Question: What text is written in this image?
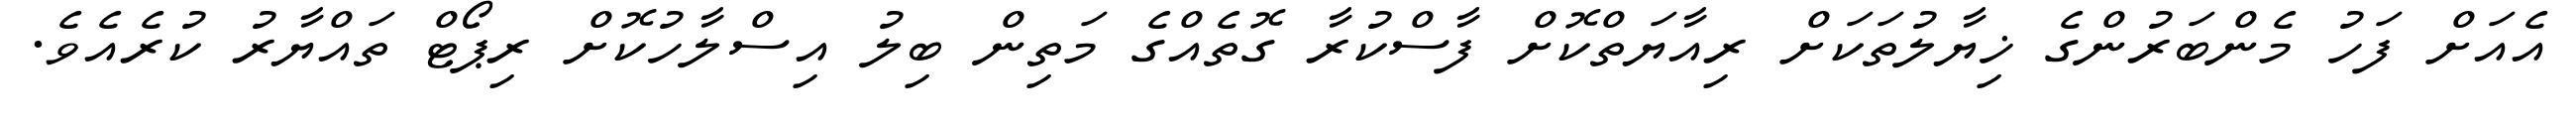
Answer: އެއަށް ފަހު މެންބަރުންގެ ޚިޔާލުތަކަށް ރިއާޔަތްކޮށް ފާސްކުރާ ގޮތެއްގެ މަތިން ބިލު އިސްލާހުކޮށް ރިޕޯޓް ތައްޔާރު ކުރެއެވެ.